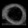
Digit: ၀